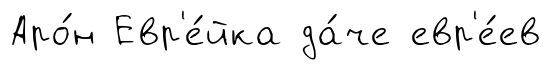
Аро́н Евр'е́йка да́че евр'е́ев